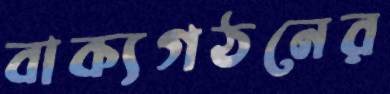
বাক্যগঠনের